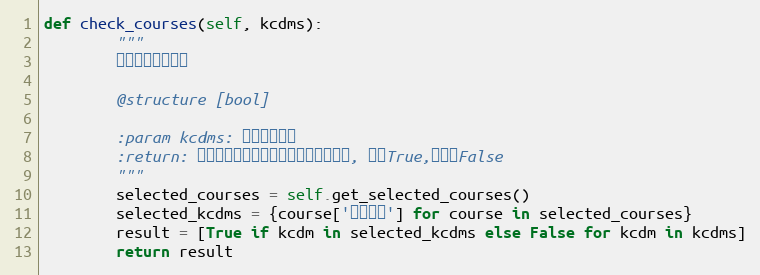
Language: Python
def check_courses(self, kcdms):
        """
        检查课程是否被选

        @structure [bool]

        :param kcdms: 课程代码列表
        :return: 与课程代码列表长度一致的布尔值列表, 已为True,未选为False
        """
        selected_courses = self.get_selected_courses()
        selected_kcdms = {course['课程代码'] for course in selected_courses}
        result = [True if kcdm in selected_kcdms else False for kcdm in kcdms]
        return result